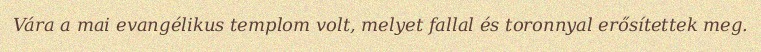
Vára a mai evangélikus templom volt, melyet fallal és toronnyal erősítettek meg.